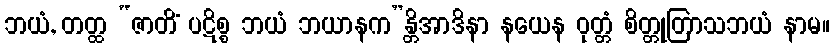
ဘယံ, တတ္ထ “ဇာတိံ ပဋိစ္စ ဘယံ ဘယာနက”န္တိအာဒိနာ နယေန ဝုတ္တံ စိတ္တုတြာသဘယံ နာမ။